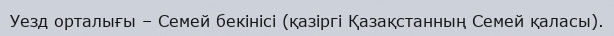
Уезд орталығы – Семей бекінісі (қазіргі Қазақстанның Семей қаласы).